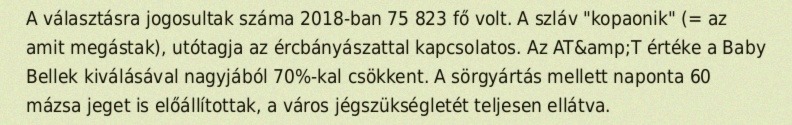
A választásra jogosultak száma 2018-ban 75 823 fő volt. A szláv "kopaonik" (= az amit megástak), utótagja az ércbányászattal kapcsolatos. Az AT&amp;T értéke a Baby Bellek kiválásával nagyjából 70%-kal csökkent. A sörgyártás mellett naponta 60 mázsa jeget is előállítottak, a város jégszükségletét teljesen ellátva.